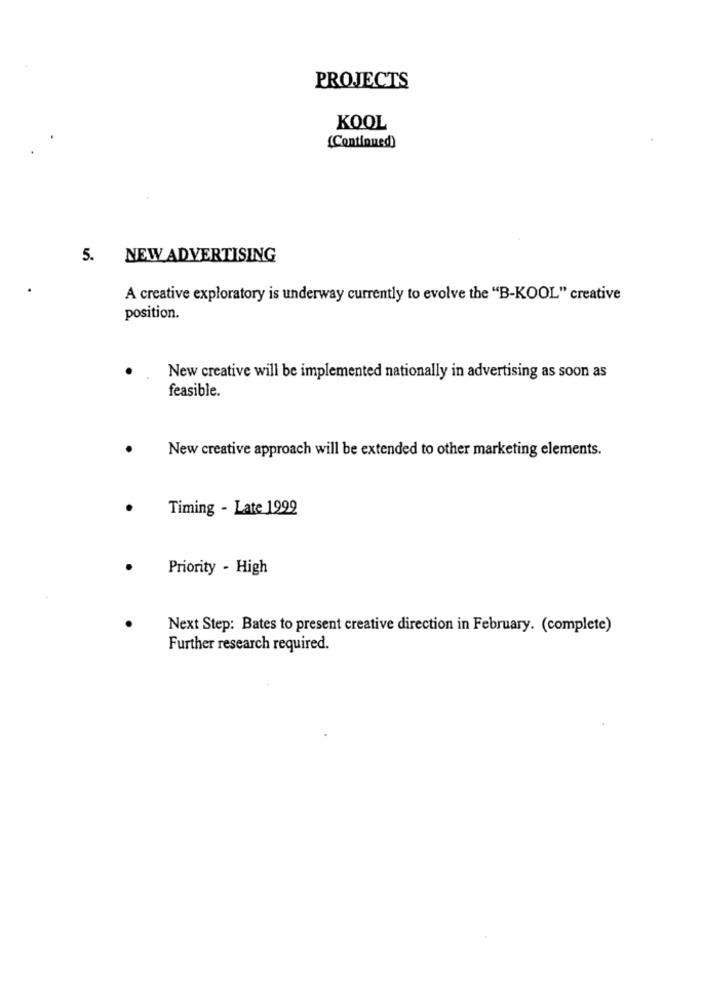
PROJECTS
KOOL
(Continued)
5. NEW ADVERTISING
A creative exploratory is underway currently to evolve the "B-KOOL" creative
position.
New creative will be implemented nationally in advertising as soon as
feasible.
New creative approach will be extended to other marketing elements.
Timing - Late 1999
Priority - High
Next Step: Bates to present creative direction in February. (complete)
Further research required.